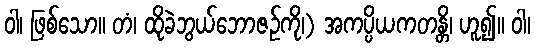
ဝါ၊ ဖြစ်သော။ တံ၊ ထိုခဲဘွယ်ဘောဇဉ်ကို၊) အကပ္ပိယကတန္တိ၊ ဟူ၍။ ဝါ၊